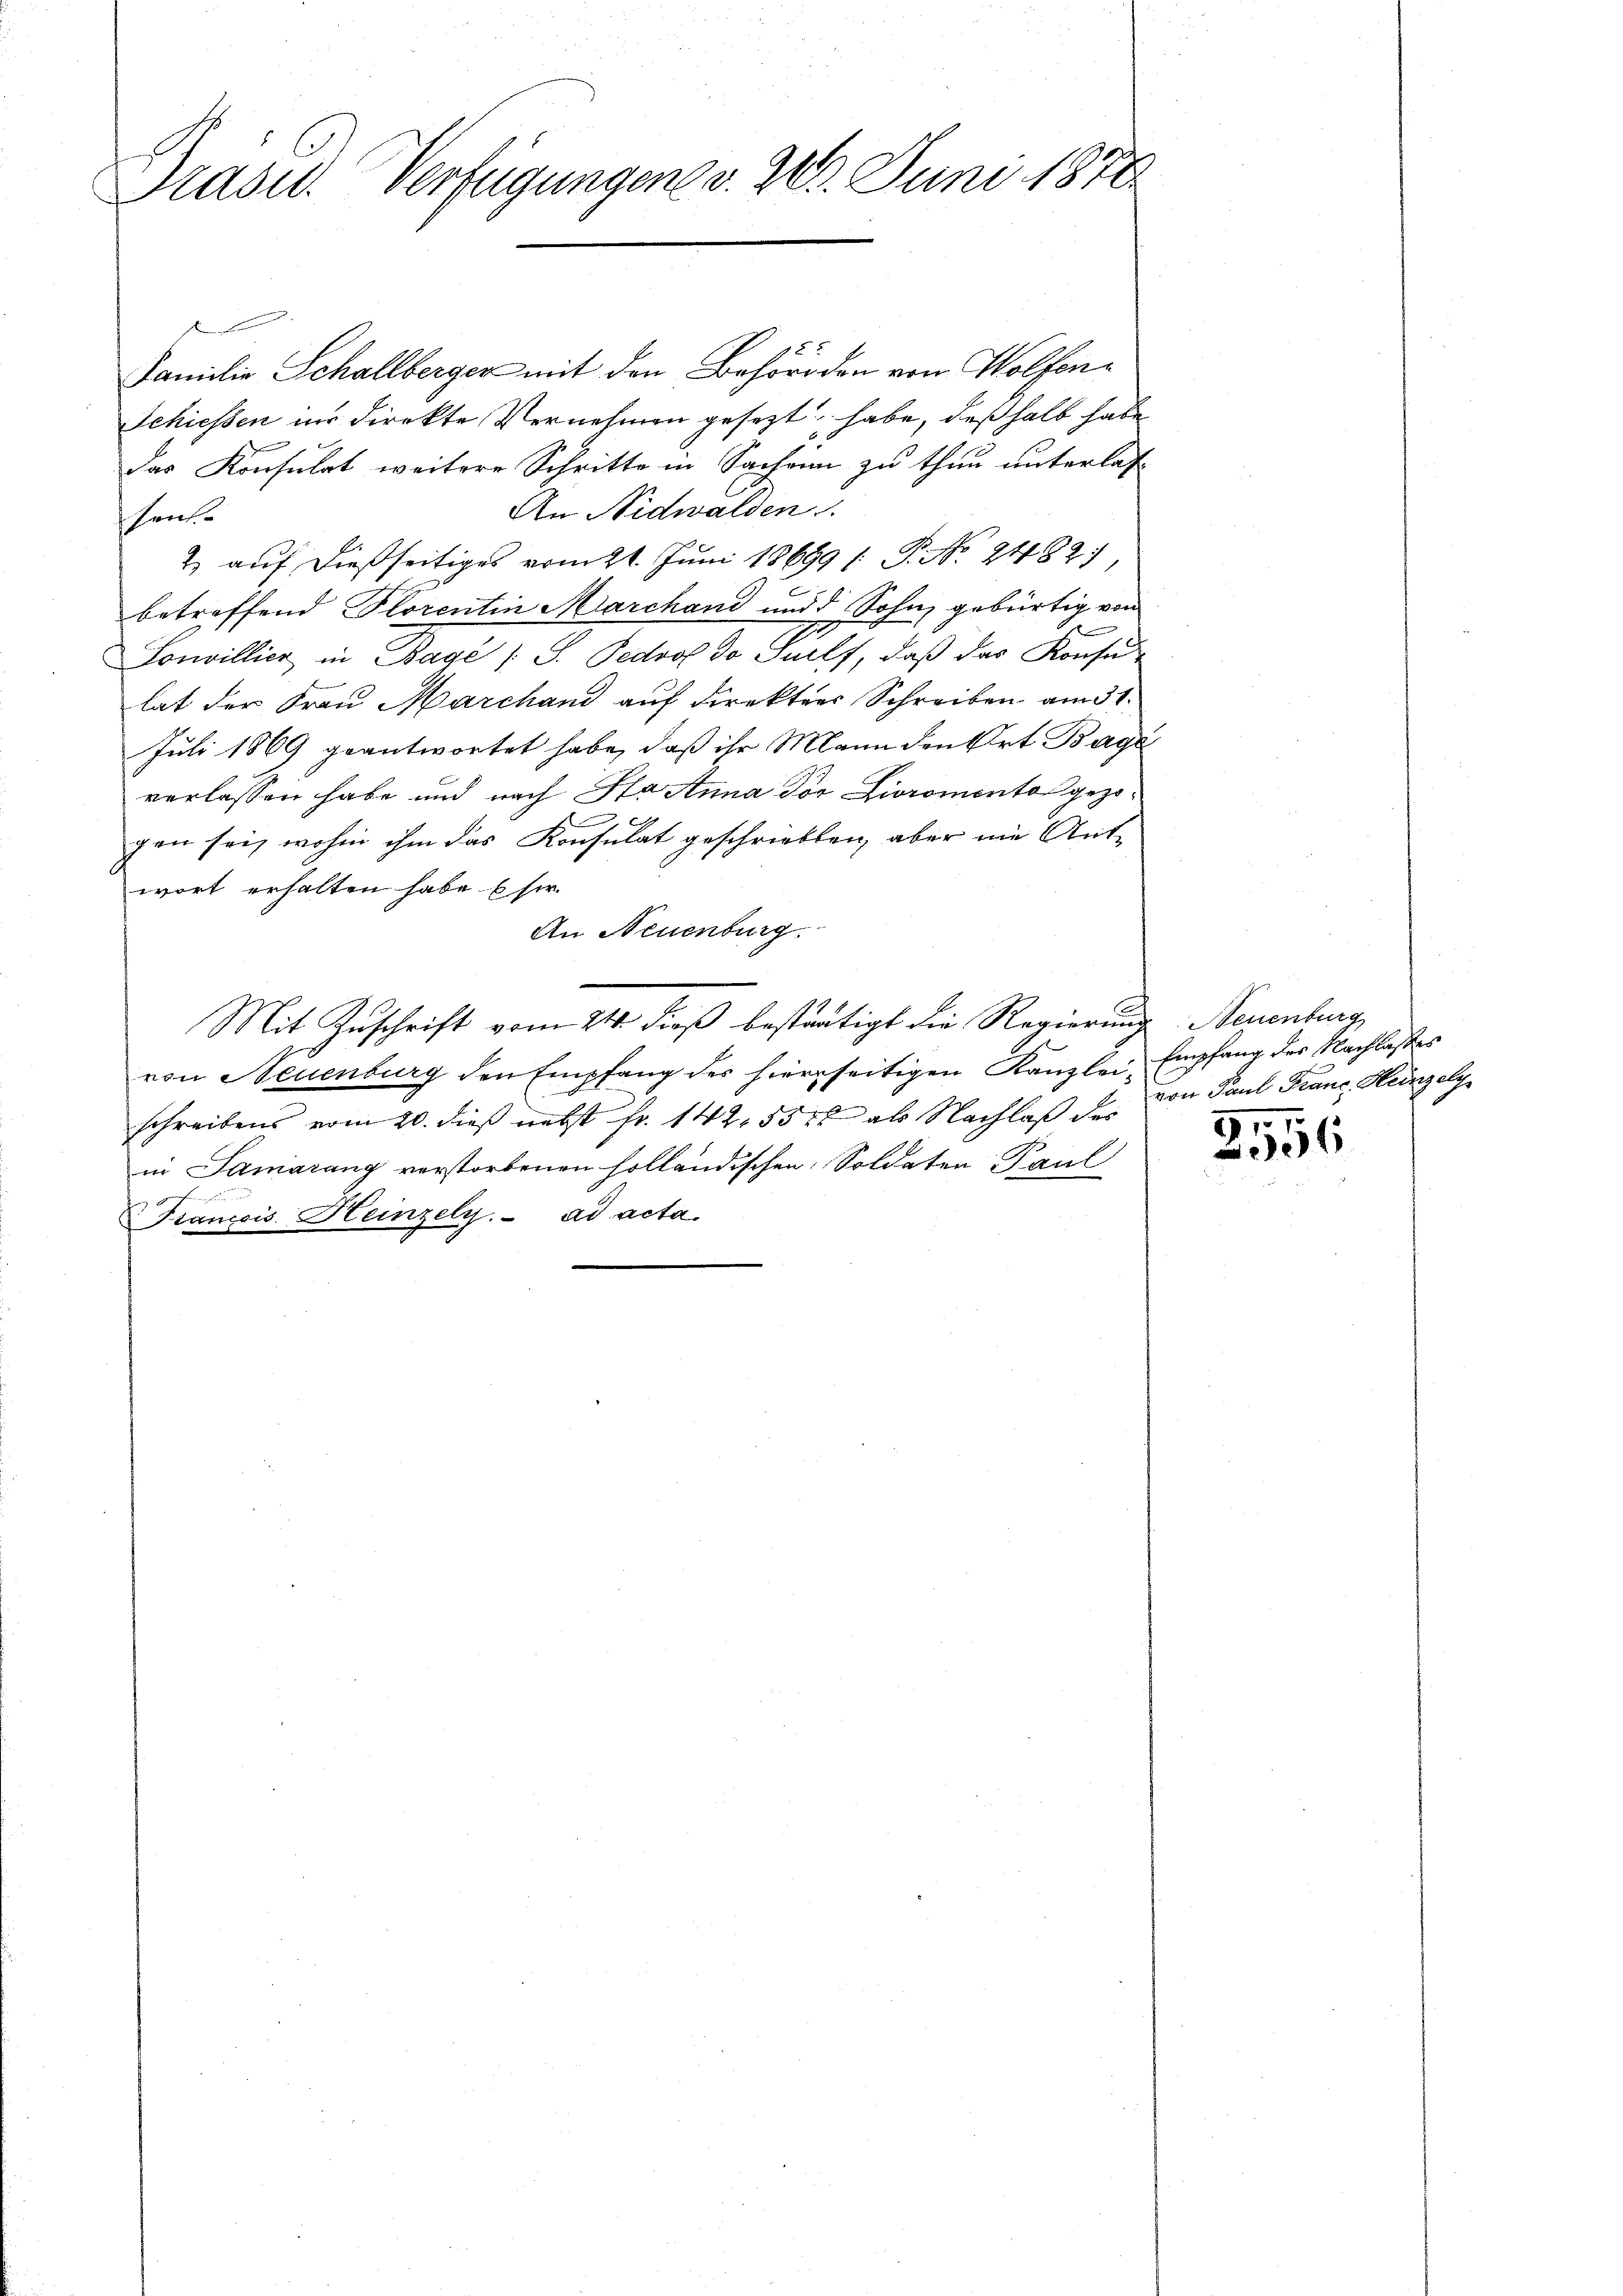
Präsid. Verfügungen v. 20. Juni 1878.

Familie Schallberger mit den Behörden von Wolfen¬
Schiessen in direkte Vernehmen gesezt habe, deßhalb habe
das Konsulat weiterer Schritte in Sachen zu thun unterlas
An Nidwalden.
schente
2. auf dießseitiges vom 21. Juni 18699 /: P. Nr. 2482.
betreffend Florentin Marchand und d Sohn, gebürtig von
e
Sonvillier in Bagé /: S. Pedoof do Sulf, daß das Konsu
lat der Frau Marchand auf direkters Schreiben am 31.
Juli 1869 geantwortet habe, daß ihr Mann den Art. Baye
verlassen habe und nach Ha Anna Dor Livromento gezogen sei, wohin ihm das Konsulat geschriebten, aber nie Antwort erhalten habe sie
An Neuenburg.
Mit Zuschrift vom 24. dieß bestätigt die Regierung Neuenburg
von Neuenburg den Empfang des hierseitigen Kanzlei- Empfang der Nachlasses
schreibens vom 20. dieß nebst fr. 142. 557 als Nachlaß des von Paul Franc, Heinzelg
in Samarang verstorbenen holländischen Soldaten Paul
geehren un
Français Heinzely. ad acta.

57
56